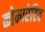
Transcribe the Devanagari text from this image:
कोम्परेटिव